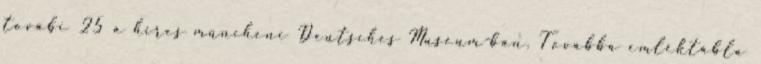
továbi 25 a híres müncheni Deutsches Museum-ban. Továbbá emléktábla